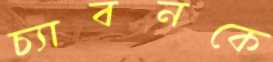
চ্যাবনকে